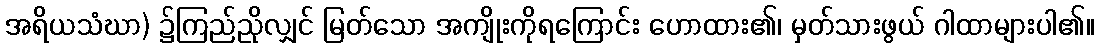
အရိယသံဃာ) ၌ကြည်ညိုလျှင် မြတ်သော အကျိုးကိုရကြောင်း ဟောထား၏၊ မှတ်သားဖွယ် ဂါထာများပါ၏။